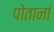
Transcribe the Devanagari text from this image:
पोतानां